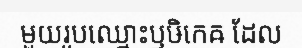
មួយរូបឈ្មោះឫឞិកេឝ ដែល